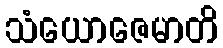
သံယောဇေမာတိ